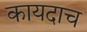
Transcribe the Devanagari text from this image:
कायदाच